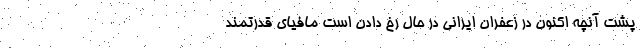
پشت آنچه اکنون در زعفران ایرانی در حال رخ دادن است مافیای قدرتمند